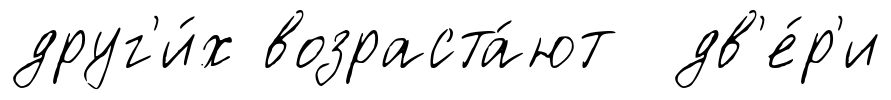
друг'и́х возраста́ют дв'е́р'и